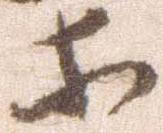
等